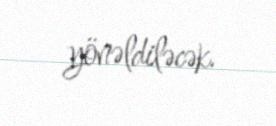
yönəldiləcək.